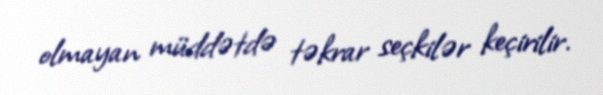
olmayan müddətdə təkrar seçkilər keçirilir.